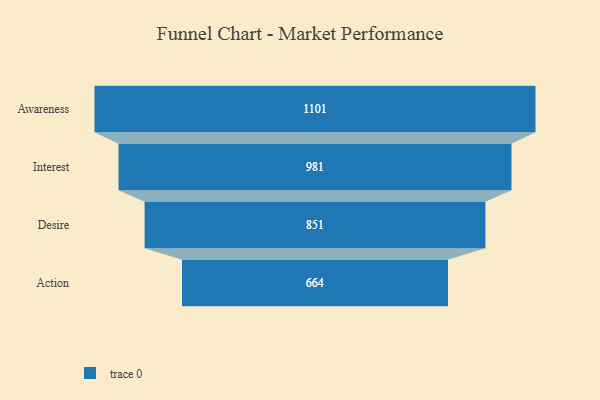
{"axis": {"x": "Stage", "y": "Value"}, "legend": [""], "data": [{"x": "Awareness", "y": 1101.0, "type": ""}, {"x": "Interest", "y": 981.0, "type": ""}, {"x": "Desire", "y": 851.0, "type": ""}, {"x": "Action", "y": 664.0, "type": ""}]}